Civil Veterinary Dept. North-West Frontier Province 1901-22 - 1901-1922
Year: 1901
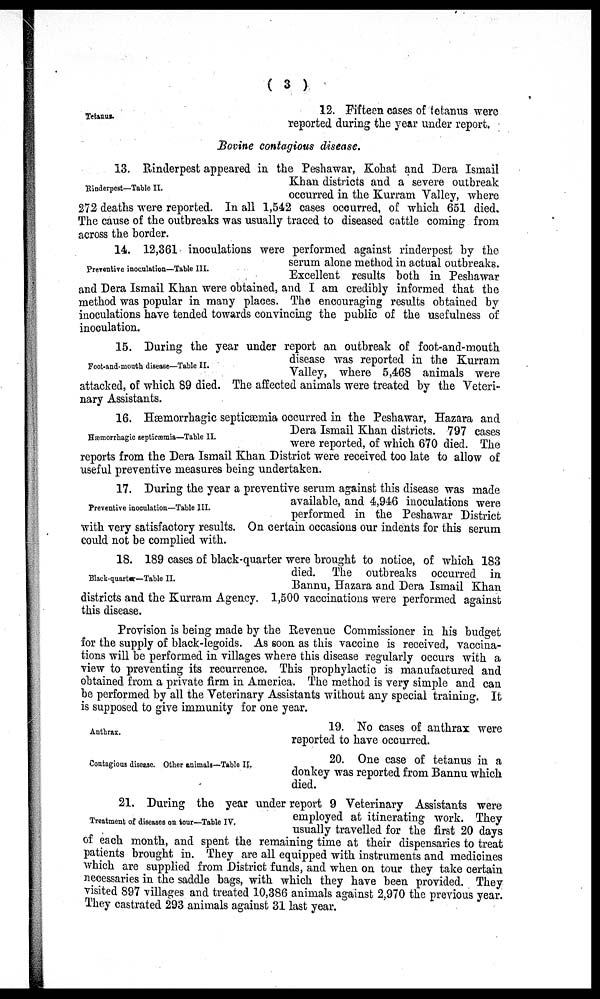
(3)
Tetanus.
12. Fifteen cases of tetanus were
reported during the year under report.
Bovine contagious disease.
Rinderpest—Table II.
13. Rinderpest appeared in the Peshawar, Kohat and Dera Ismail
Khan districts and a severe outbreak
occurred in the Kurram Valley, where
272 deaths were reported. In all 1,542 cases occurred, of which 651 died.
The cause of the outbreaks was usually traced to diseased cattle coming from
across the border.
Preventive inoculation—Table III.
14. 12,361 inoculations were performed against rinderpest by the
serum alone method in actual outbreaks.
Excellent results both in Peshawar
and Dera Ismail Khan were obtained, and I am credibly informed that the
method was popular in many places. The encouraging results obtained by
inoculations have tended towards convincing the public of the usefulness of
inoculation.
Foot-and-mouth disease—Table II.
15. During the year under report an outbreak of foot-and-mouth
disease was reported in the Kurram
Valley, where 5,468 animals were
attacked, of which 89 died. The affected animals were treated by the Veteri-
nary Assistants.
Hæmorrhagic septicæmia—Table II.
16. Hæmorrhagic septicæmia occurred in the Peshawar, Hazara and
Dera Ismail Khan districts. 797 cases
were reported, of which 670 died. The
reports from the Dera Ismail Khan District were received too late to allow of
useful preventive measures being undertaken.
Preventive inoculation—Table III.
17. During the year a preventive serum against this disease was made
available, and 4,946 inoculations were
performed in the Peshawar District
with very satisfactory results. On certain occasions our indents for this serum
could not be complied with.
Black-quarter—Table II.
18. 189 cases of black-quarter were brought to notice, of which 183
died. The outbreaks occurred in
Bannu, Hazara and Dera Ismail Khan
districts and the Kurram Agency. 1,500 vaccinations were performed against
this disease.
Provision is being made by the Revenue Commissioner in his budget
for the supply of black-legoids. As soon as this vaccine is received, vaccina-
tions will be performed in villages where this disease regularly occurs with a
view to preventing its recurrence. This prophylactic is manufactured and
obtained from a private firm in America. The method is very simple and can
be performed by all the Veterinary Assistants without any special training. It
is supposed to give immunity for one year.
Anthrax.
19. NO cases of anthrax were
reported to have occurred.
Contagions disease. Other animals—Table II.
20. One case of tetanus in a
donkey was reported from Bannu which
died.
Treatment of diseases on tour—Table IV.
21. During the year under report 9 Veterinary Assistants were
employed at itinerating work. They
usually travelled for the first 20 days
of each month, and spent the remaining time at their dispensaries to treat
patients brought in. They are all equipped with instruments and medicines
which are supplied from District funds, and when on tour they take certain
necessaries in the saddle bags, with which they have been provided. They
visited 897 villages and treated 10,386 animals against 2,970 the previous year.
They castrated 293 animals against 31 last year.